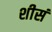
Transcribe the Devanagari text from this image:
शीसं